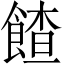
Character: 餷